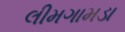
લીમગામડા